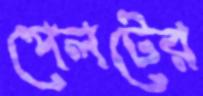
পেলটের